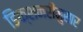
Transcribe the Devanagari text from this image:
डिक्शनरीनुसार